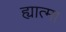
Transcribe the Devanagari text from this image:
ह्यात्मा